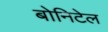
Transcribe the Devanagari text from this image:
बोनिटेल